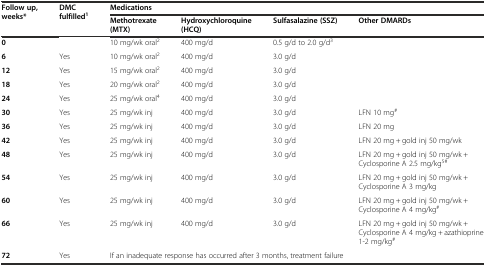
<table><thead><tr><td rowspan="2"><b>Follow up, weeks*</b></td><td rowspan="2"><b>DMC fulfilled<sup>1</sup></b></td><td colspan="4"><b>Medications</b></td></tr><tr><td><b>Methotrexate (MTX)</b></td><td><b>Hydroxychloroquine (HCQ)</b></td><td><b>Sulfasalazine (SSZ)</b></td><td><b>Other DMARDs</b></td></tr></thead><tbody><tr><td><b>0</b></td><td></td><td>10 mg/wk oral<sup>2</sup></td><td>400 mg/d</td><td>0.5 g/d to 2.0 g/d<sup>3</sup></td><td></td></tr><tr><td><b>6</b></td><td>Yes</td><td>10 mg/wk oral<sup>2</sup></td><td>400 mg/d</td><td>3.0 g/d</td><td></td></tr><tr><td><b>12</b></td><td>Yes</td><td>15 mg/wk oral<sup>2</sup></td><td>400 mg/d</td><td>3.0 g/d</td><td></td></tr><tr><td><b>18</b></td><td>Yes</td><td>20 mg/wk oral<sup>2</sup></td><td>400 mg/d</td><td>3.0 g/d</td><td></td></tr><tr><td><b>24</b></td><td>Yes</td><td>25 mg/wk oral<sup>4</sup></td><td>400 mg/d</td><td>3.0 g/d</td><td></td></tr><tr><td><b>30</b></td><td>Yes</td><td>25 mg/wk inj</td><td>400 mg/d</td><td>3.0 g/d</td><td>LFN 10 mg<sup>#</sup></td></tr><tr><td><b>36</b></td><td>Yes</td><td>25 mg/wk inj</td><td>400 mg/d</td><td>3.0 g/d</td><td>LFN 20 mg</td></tr><tr><td><b>42</b></td><td>Yes</td><td>25 mg/wk inj</td><td>400 mg/d</td><td>3.0 g/d</td><td>LFN 20 mg + gold inj 50 mg/wk</td></tr><tr><td><b>48</b></td><td>Yes</td><td>25 mg/wk inj</td><td>400 mg/d</td><td>3.0 g/d</td><td>LFN 20 mg + gold inj 50 mg/wk + Cyclosporine A 2.5 mg/kg<sup>5#</sup></td></tr><tr><td><b>54</b></td><td>Yes</td><td>25 mg/wk inj</td><td>400 mg/d</td><td>3.0 g/d</td><td>LFN 20 mg + gold inj 50 mg/wk + Cyclosporine A 3 mg/kg</td></tr><tr><td><b>60</b></td><td>Yes</td><td>25 mg/wk inj</td><td>400 mg/d</td><td>3.0 g/d</td><td>LFN 20 mg + gold inj 50 mg/wk + Cyclosporine A 4 mg/kg<sup>#</sup></td></tr><tr><td><b>66</b></td><td>Yes</td><td>25 mg/wk inj</td><td>400 mg/d</td><td>3.0 g/d</td><td>LFN 20 mg + gold inj 50 mg/wk + Cyclosporine A 4 mg/kg + azathioprine 1-2 mg/kg<sup>#</sup></td></tr><tr><td><b>72</b></td><td>Yes</td><td colspan="4">If an inadequate response has occurred after 3 months, treatment failure</td></tr></tbody></table>